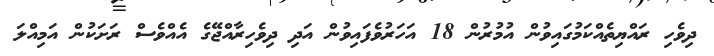
ދިވެހި ރައްޔިތެއްކަމުގައިވުން އުމުރުން 18 އަހަރުވެފައިވުން އަދި ދިވެހިރާއްޖޭގެ އެއްވެސް ރަށަކުން އަމިއްލަ